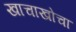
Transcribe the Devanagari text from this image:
खाचाखोचा